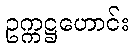
ဥက္ကဋ္ဌဟောင်း